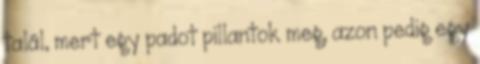
talál, mert egy padot pillantok meg, azon pedig egy